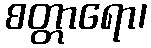
စတ္တာရော၊